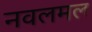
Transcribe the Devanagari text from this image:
नवलमल